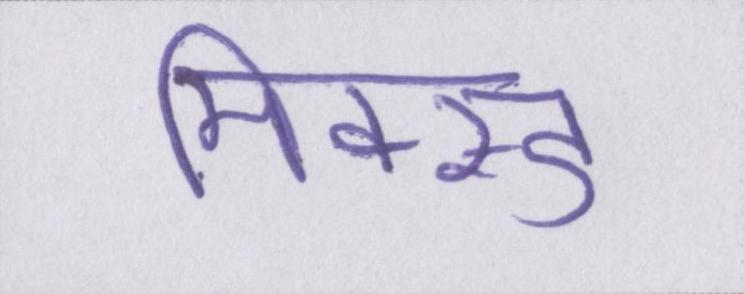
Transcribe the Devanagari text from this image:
मिक्स्ड